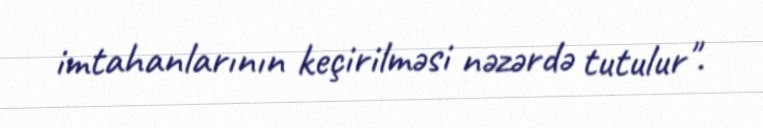
imtahanlarının keçirilməsi nəzərdə tutulur".